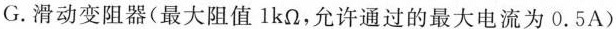
G.滑动变阻器(最大阻值lkΩ，允许通过的最大电流为0.5A)